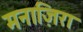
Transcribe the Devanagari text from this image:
मनाज़िरा